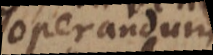
operandum